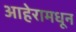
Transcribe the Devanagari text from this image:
आहेरामधून